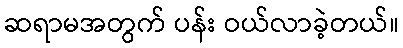
ဆရာမအတွက် ပန်း ဝယ်လာခဲ့တယ်။